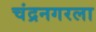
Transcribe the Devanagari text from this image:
चंद्रनगरला